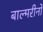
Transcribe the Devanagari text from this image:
बाल्मरीनो